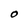
Character: O